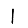
Digit: 1